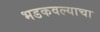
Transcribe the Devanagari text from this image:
भडकवल्याचा